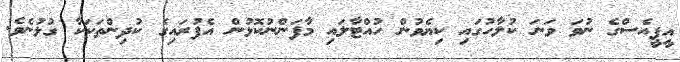
އީޕީއެސްގެ ނުވަ ވަނަ ކުލާހުގައި ކިޔެވުން ހުއްޓާލައި މާފަންނުކޮޅުން އެފުރައިގެ ކުދިންތަކަކާ ގުޅުނެވެ.